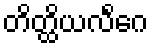
တိတ္ထိယလိင်္ဂေ